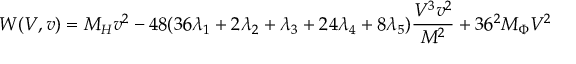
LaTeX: W ( V , v ) = M _ { H } v ^ { 2 } - 4 8 ( 3 6 \lambda _ { 1 } + 2 \lambda _ { 2 } + \lambda _ { 3 } + 2 4 \lambda _ { 4 } + 8 \lambda _ { 5 } ) \frac { V ^ { 3 } v ^ { 2 } } { M ^ { 2 } } + 3 6 ^ { 2 } M _ { \Phi } V ^ { 2 }